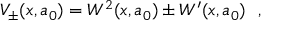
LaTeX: V _ { \pm } ( x , a _ { 0 } ) = W ^ { 2 } ( x , a _ { 0 } ) \pm W ^ { \prime } ( x , a _ { 0 } ) ~ ~ ,